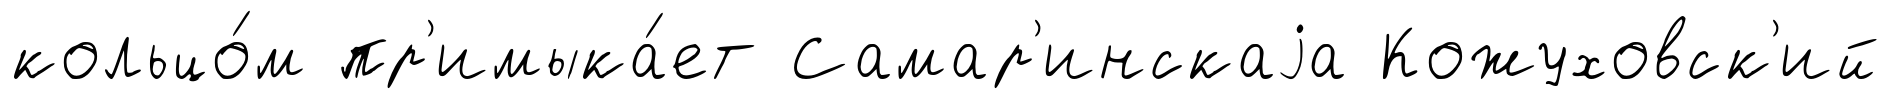
кольцо́м пр'имыка́ет Самар'инскаjа Кожуховск'ий